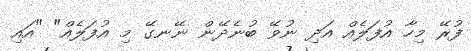
ފުރޭ މިހާ އުފަލެއް އަދި ނުވޭ ބުނެދޭން ނޭނގޭ މި އުފަލެއް" "އައި